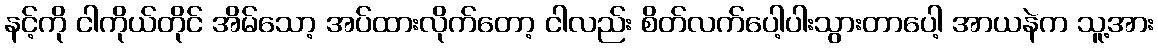
နင့်ကို ငါကိုယ်တိုင် အိမ်သော့ အပ်ထားလိုက်တော့ ငါလည်း စိတ်လက်ပေါ့ပါးသွားတာပေါ့ အာယနဲက သူ့အား